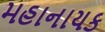
મહાનાયક